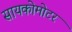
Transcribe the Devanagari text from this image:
सायकोमोटर